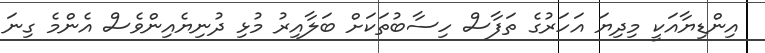
އިންޑިޔާއަކީ މިދިޔަ އަހަރުގެ ތަފާސް ހިސާބުތަކަށް ބަލާއިރު މުޅި ދުނިޔެއިންވެސް އެންމެ ގިނަ